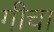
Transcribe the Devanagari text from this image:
गीचा